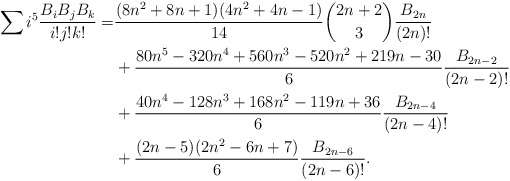
\begin{align*} \sum i^5\frac{B_{i}B_{j}B_{k}}{i!j!k!}=&\frac{(8n^2+8n+1)(4n^2+4n-1)}{14}\binom{2n+2}{3}\frac{B_{2n}}{(2n)!} \\&+ \frac{80n^5-320n^4+560n^3-520n^2+219n-30}{6}\frac{B_{2n-2}}{(2n-2)!} \\&+ \frac{40n^4-128n^3+168n^2-119n+36}{6}\frac{B_{2n-4}}{(2n-4)!} \\&+\frac{(2n-5)(2n^2-6n+7)}{6}\frac{B_{2n-6}}{(2n-6)!} .\end{align*}